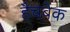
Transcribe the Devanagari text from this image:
हैचबेक